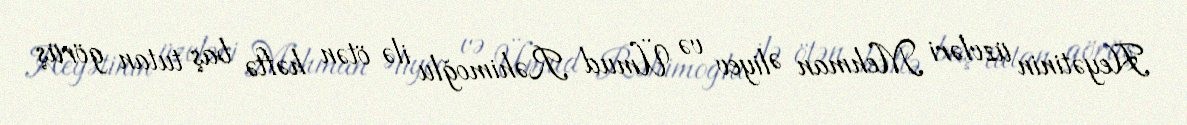
Heyətinin üzvləri Mehman Əliyev və Ümud Rəhimoğlu ilə ötən həftə baş tutan görüş